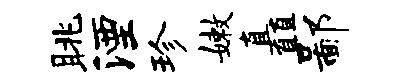
眺湮珍嫩矗鄙